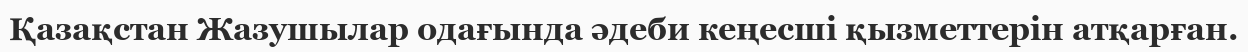
Қазақстан Жазушылар одағында әдеби кеңесші қызметтерін атқарған.